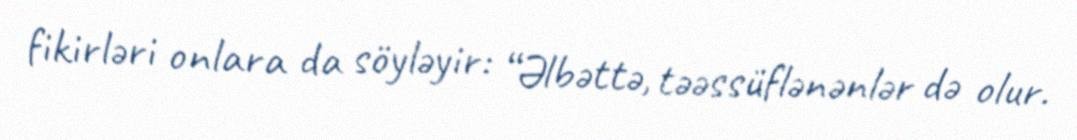
fikirləri onlara da söyləyir: “Əlbəttə, təəssüflənənlər də olur.